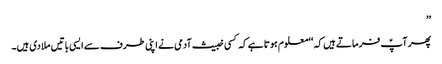
’’
پھر آپؑ فرماتے ہیں کہ ‘‘معلوم ہوتا ہے کہ کسی خبیث آدمی نے اپنی طرف سے ایسی باتیں ملا دی ہیں۔